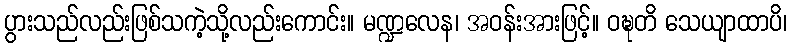
ပွားသည်လည်းဖြစ်သကဲ့သို့လည်းကောင်း။ မဏ္ဍလေန၊ အဝန်းအားဖြင့်။ ဝဍ္ဎတိ သေယျာထာပိ၊